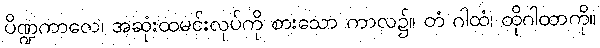
ပိဏ္ဍကာလေ၊ အဆုံးထမင်းလုပ်ကို စားသော ကာလ၌။ တံ ဂါထံ၊ ထိုဂါထာကို။